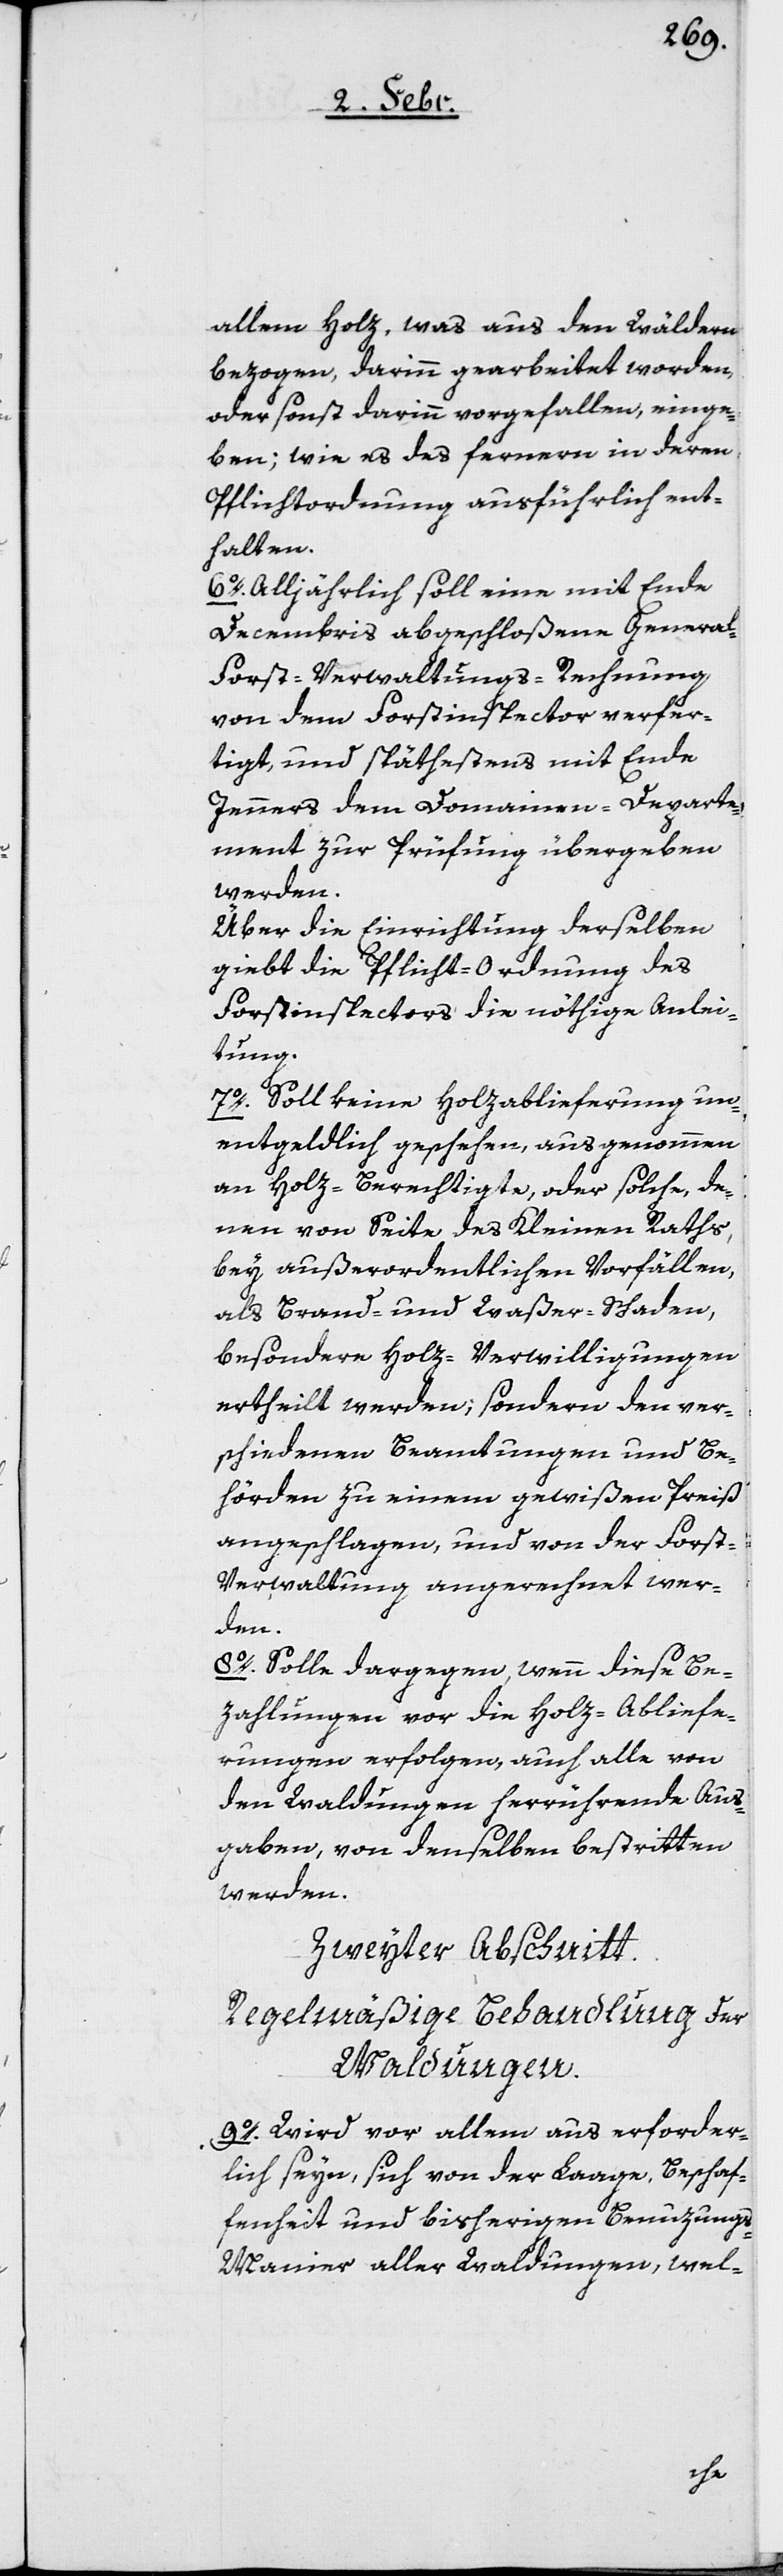
allem Holz, was aus den Wäldern
bezogen, darinn gearbeitet worden,
oder sonst darinn vorgefallen, einge¬
ben; wie es des fernern in deren
Pflichtordnung ausführlich ent¬
halten.
6o. Alljährlich soll eine mit Ende
Decembris abgeschloßene Genera¬
l-Forst-Verwaltungs-Rechnung
von dem Forstinspector verfer¬
tigt, und späthestens mit Ende
Jenners dem Domainen-Departe¬
ment zur Prüfung übergeben
werden.
Über die Einrichtung derselben
gibt die Pflicht-Ordnung des
Forstinspectors die nöthige Anlei¬
tung.
7o. Soll keine Holzablieferung un¬
entgeldlich geschehen, ausgenommen
an Holz-Berechtigte, oder solche, de¬
nen von Seite des Kleinen Raths,
bey außerordentlichen Vorfällen,
als Brand- und Waßer-Schaden,
besondere Holz-Verwilligungen
ertheilt werden; sondern den ver¬
schiedenen Beamtungen und Be¬
hörden zu einem gewißen Preiß
angeschlagen, und von der Forst-V¬
erwaltung angerechnet wer¬
den.
8o. Solle dargegen, wenn diese Be¬
zahlungen vor die Holz-Abliefe¬
rungen erfolgen, auch alle von
den Waldungen herrührende Aus¬
gaben, von denselben bestritten
werden.
Zweyter Abschnitt.
Regelmäßige Behandlung der
Waldungen.
9o. Wird vor allem aus erforder¬
lich seyn, sich von der Laage, Beschaf¬
fenheit und bisherigen Benuzungs-M¬
anier aller Waldungen, wel-